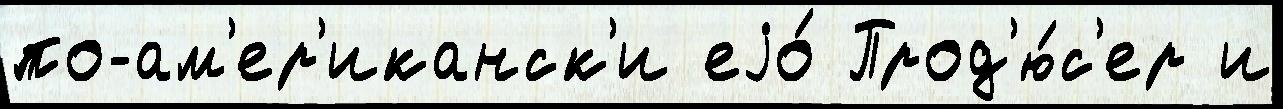
по-ам'ер'иканск'и еjо́ Прод'ю́с'ер и